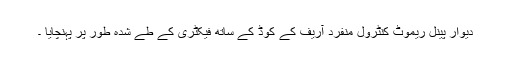
دیوار پینل ریموٹ کنٹرول منفرد آریف کے کوڈ کے ساتھ فیکٹری کے طے شدہ طور پر پہنچایا ۔